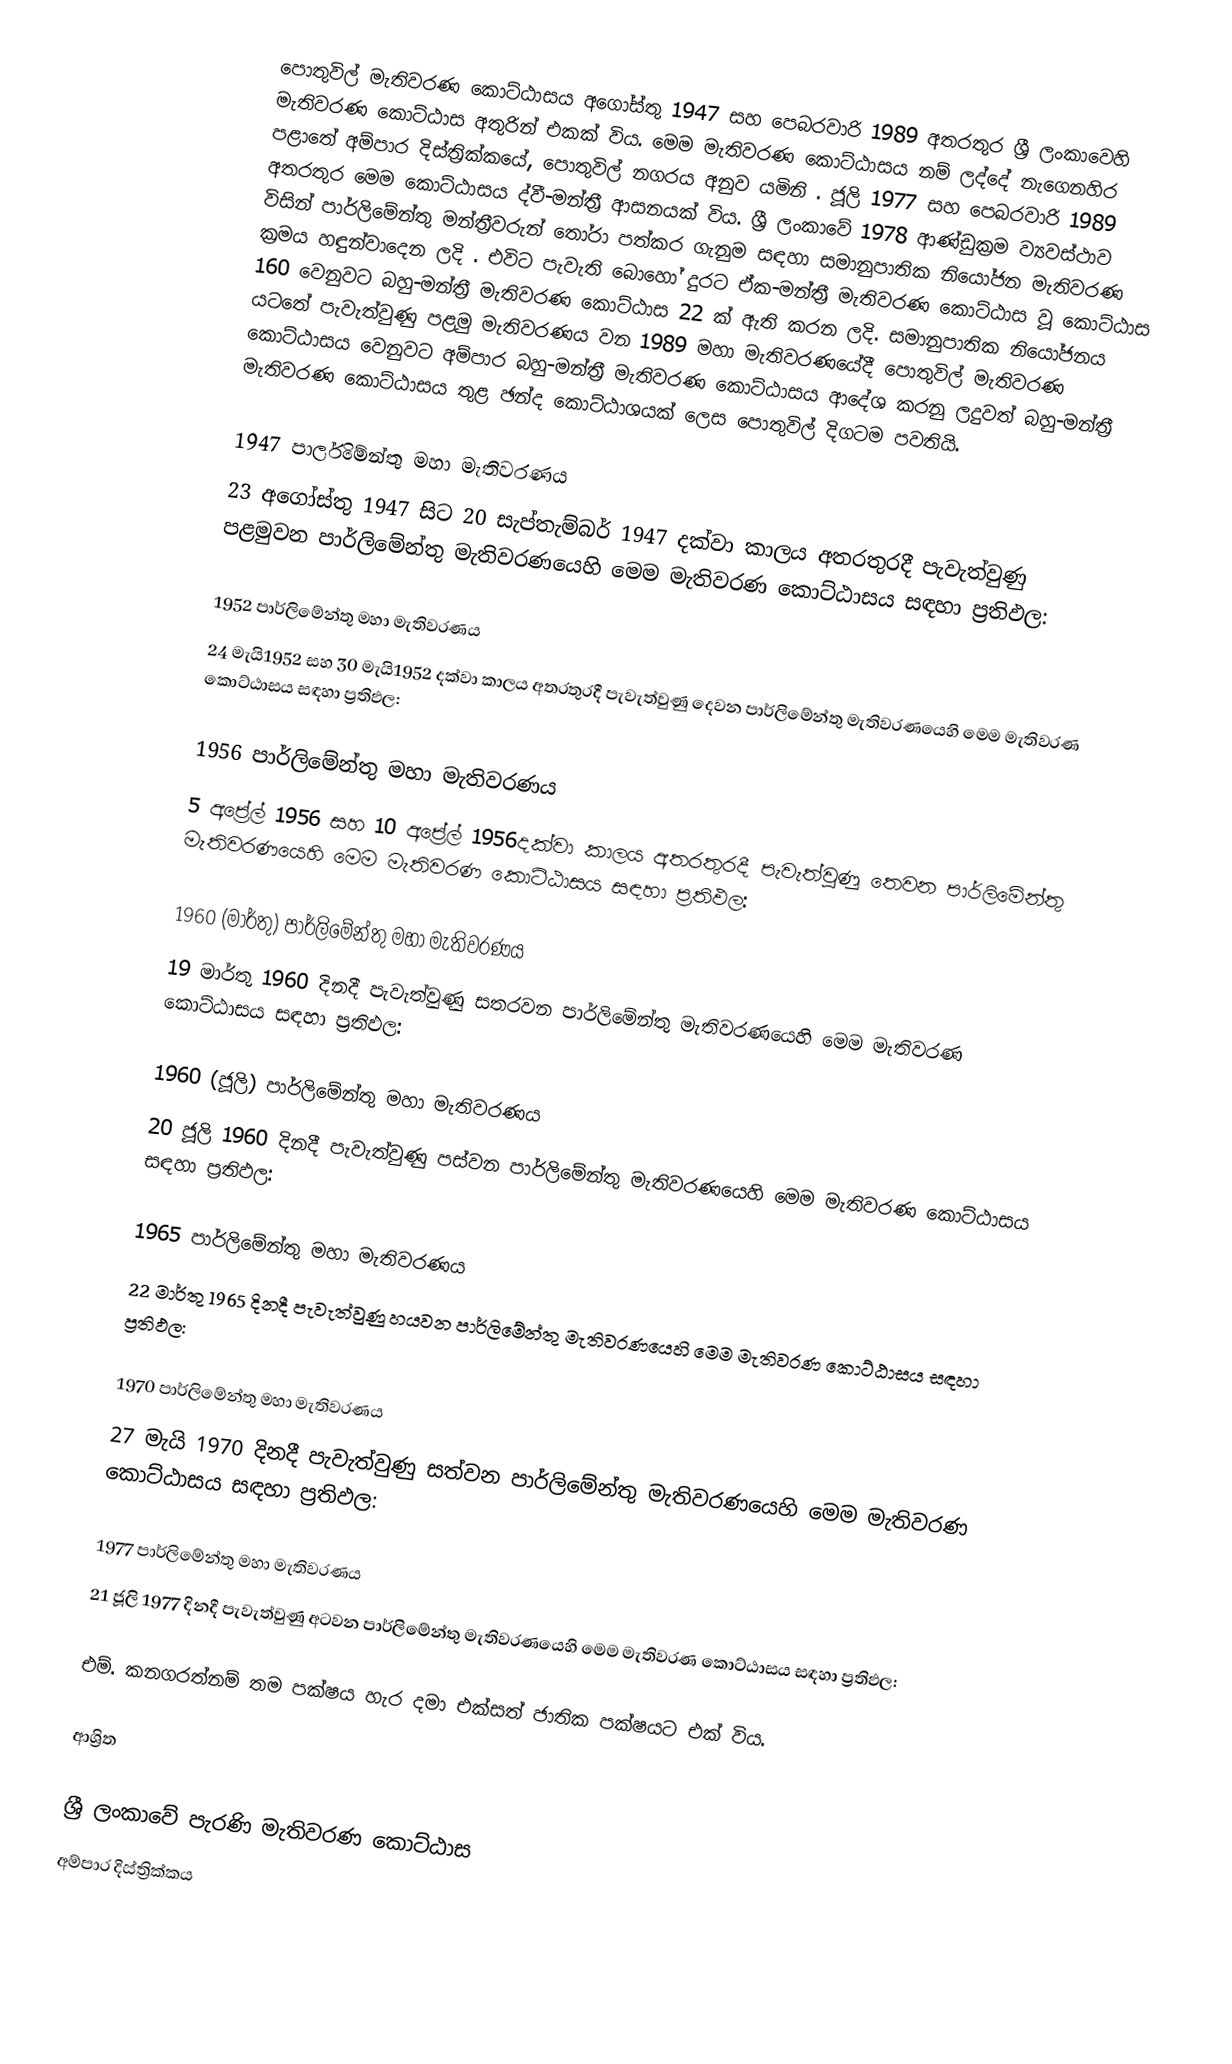
පොතුවිල් මැතිවරණ කොට්ඨාසය  අගෝස්තු 1947 සහ පෙබරවාරි 1989 අතරතුර  ශ්‍රී ලංකාවෙහි  මැතිවරණ කොට්ඨාස අතුරින් එකක් විය. මෙම මැතිවරණ කොට්ඨාසය නම් ලද්දේ  නැගෙනහිර පළාතේ  අම්පාර දිස්ත්‍රික්කයේ,  පොතුවිල් නගරය අනුව යමිනි . ජූලි 1977 සහ පෙබරවාරි 1989 අතරතුර මෙම කොට්ඨාසය ද්වී-මන්ත්‍රී ආසනයක් විය. ශ්‍රී ලංකාවේ 1978 ආණ්ඩුක්‍රම ව්‍යවස්ථාව විසින්   පාර්ලිමේන්තු මන්ත්‍රීවරුන් තෝරා පත්කර ගැනුම සඳහා සමානුපාතික නියෝජන මැතිවරණ ක්‍රමය හඳුන්වාදෙන ලදි . එවිට පැවැති බොහෝ දුරට  ඒක-මන්ත්‍රී මැතිවරණ කොට්ඨාස වූ කොට්ඨාස 160 වෙනුවට බහු-මන්ත්‍රී මැතිවරණ කොට්ඨාස 22 ක් ඇති කරන ලදි. සමානුපාතික නියෝජනය යටතේ පැවැත්වුණු පළමු මැතිවරණය වන 1989 මහා මැතිවරණයේදී  පොතුවිල් මැතිවරණ කොට්ඨාසය වෙනුවට  අම්පාර බහු-මන්ත්‍රී මැතිවරණ කොට්ඨාසය  ආදේශ කරනු ලදුවත් බහු-මන්ත්‍රී මැතිවරණ කොට්ඨාසය තුළ ඡන්ද කොට්ඨාශයක් ලෙස පොතුවිල් දිගටම පවතියි.

1947 පාර්ලිමේන්තු මහා මැතිවරණය
23 අගෝස්තු 1947 සිට 20 සැප්තැම්බර් 1947 දක්වා කාලය අතරතුරදී පැවැත්වුණු  පළමුවන පාර්ලිමේන්තු මැතිවරණයෙහි මෙම මැතිවරණ කොට්ඨාසය සඳහා ප්‍රතිඵල:

1952 පාර්ලිමේන්තු මහා මැතිවරණය
24 මැයි1952 සහ 30 මැයි1952 දක්වා කාලය අතරතුරදී පැවැත්වුණු  දෙවන පාර්ලිමේන්තු මැතිවරණයෙහි මෙම මැතිවරණ කොට්ඨාසය සඳහා ප්‍රතිඵල:

1956 පාර්ලිමේන්තු මහා මැතිවරණය
5 අප්‍රේල් 1956 සහ 10 අප්‍රේල් 1956දක්වා කාලය අතරතුරදී පැවැත්වුණු  තෙවන පාර්ලිමේන්තු මැතිවරණයෙහි මෙම මැතිවරණ කොට්ඨාසය සඳහා ප්‍රතිඵල:

1960 (මාර්තු) පාර්ලිමේන්තු මහා මැතිවරණය
19 මාර්තු 1960 දිනදී පැවැත්වුණු  සතරවන පාර්ලිමේන්තු මැතිවරණයෙහි මෙම මැතිවරණ කොට්ඨාසය සඳහා ප්‍රතිඵල:

1960 (ජූලි) පාර්ලිමේන්තු මහා මැතිවරණය
20 ජූලි 1960 දිනදී පැවැත්වුණු  පස්වන පාර්ලිමේන්තු මැතිවරණයෙහි මෙම මැතිවරණ කොට්ඨාසය සඳහා ප්‍රතිඵල:

1965 පාර්ලිමේන්තු මහා මැතිවරණය
22 මාර්තු 1965  දිනදී පැවැත්වුණු  හයවන පාර්ලිමේන්තු මැතිවරණයෙහි මෙම මැතිවරණ කොට්ඨාසය සඳහා ප්‍රතිඵල:

1970 පාර්ලිමේන්තු මහා මැතිවරණය
27 මැයි 1970 දිනදී පැවැත්වුණු  සත්වන පාර්ලිමේන්තු මැතිවරණයෙහි මෙම මැතිවරණ කොට්ඨාසය සඳහා ප්‍රතිඵල:

1977 පාර්ලිමේන්තු මහා මැතිවරණය
21 ජූලි 1977 දිනදී පැවැත්වුණු  අටවන පාර්ලිමේන්තු මැතිවරණයෙහි මෙම මැතිවරණ කොට්ඨාසය සඳහා ප්‍රතිඵල:

එම්. කනගරත්නම්  තම පක්ෂය හැර දමා  එක්සත් ජාතික පක්ෂයට එක් විය.

ආශ්‍රිත

ශ්‍රී ලංකාවේ පැරණි මැතිවරණ කොට්ඨාස
අම්පාර දිස්ත්‍රික්කය